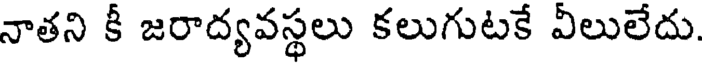
నాతని కీ జరాద్యవస్థలు కలుగుటకే వీలులేదు.